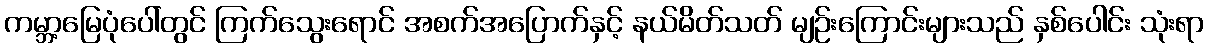
ကမ္ဘာ့မြေပုံပေါ်တွင် ကြက်သွေးရောင် အစက်အပြောက်နှင့် နယ်မိတ်သတ် မျဉ်းကြောင်းများသည် နှစ်ပေါင်း သုံးရာ